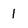
Character: 1